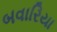
બવારિયા